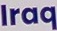
Iraq